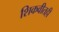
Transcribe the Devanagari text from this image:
शिकवीतही